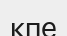
кпе